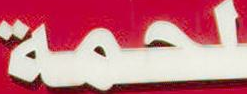
لحمة